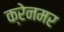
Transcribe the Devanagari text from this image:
क्रेनमर